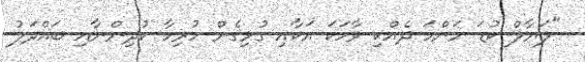
"ލަޔާލް ކުޑަ މަންމަ ދެއްކި ވާހަކަ އަކާއި ގުޅިގެން ހުރިހާ ކުދިންނާއި ބައްދަލު